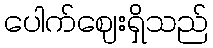
ပေါက်ဈေးရှိသည်